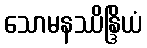
သောမနဿိန္ဒြိယံ